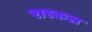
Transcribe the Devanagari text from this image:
रास्कल